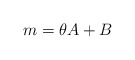
\begin{align*} m=\theta A+B \end{align*}